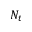
N _ { t }